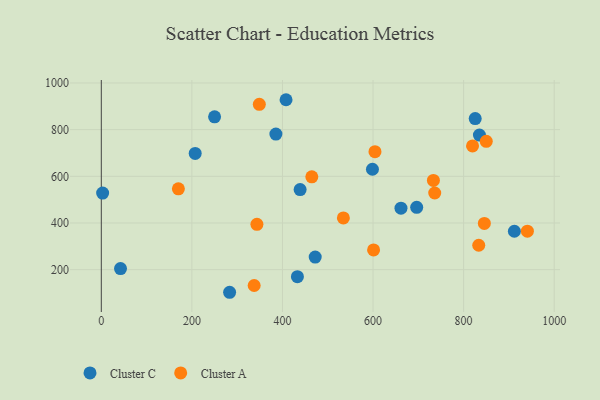
{"axis": {"x": "Speed", "y": "Profit"}, "legend": ["Cluster A", "Cluster C"], "data": [{"x": "385.5", "y": 781.2, "type": "Cluster C"}, {"x": "407.9", "y": 928.2, "type": "Cluster C"}, {"x": "250.1", "y": 855.1, "type": "Cluster C"}, {"x": "207.3", "y": 698.0, "type": "Cluster C"}, {"x": "283.3", "y": 103.1, "type": "Cluster C"}, {"x": "598.7", "y": 630.3, "type": "Cluster C"}, {"x": "834.9", "y": 776.6, "type": "Cluster C"}, {"x": "433.0", "y": 169.9, "type": "Cluster C"}, {"x": "2.9", "y": 528.2, "type": "Cluster C"}, {"x": "472.3", "y": 254.1, "type": "Cluster C"}, {"x": "912.1", "y": 364.7, "type": "Cluster C"}, {"x": "661.7", "y": 463.5, "type": "Cluster C"}, {"x": "439.0", "y": 543.1, "type": "Cluster C"}, {"x": "696.4", "y": 467.1, "type": "Cluster C"}, {"x": "825.6", "y": 847.3, "type": "Cluster C"}, {"x": "42.4", "y": 204.5, "type": "Cluster C"}, {"x": "850.0", "y": 750.1, "type": "Cluster A"}, {"x": "733.3", "y": 582.5, "type": "Cluster A"}, {"x": "348.9", "y": 908.7, "type": "Cluster A"}, {"x": "833.4", "y": 304.7, "type": "Cluster A"}, {"x": "601.2", "y": 284.4, "type": "Cluster A"}, {"x": "604.3", "y": 705.6, "type": "Cluster A"}, {"x": "534.5", "y": 421.6, "type": "Cluster A"}, {"x": "845.8", "y": 398.2, "type": "Cluster A"}, {"x": "736.2", "y": 528.6, "type": "Cluster A"}, {"x": "819.7", "y": 730.1, "type": "Cluster A"}, {"x": "170.2", "y": 546.6, "type": "Cluster A"}, {"x": "464.8", "y": 597.8, "type": "Cluster A"}, {"x": "940.8", "y": 365.1, "type": "Cluster A"}, {"x": "343.6", "y": 394.4, "type": "Cluster A"}, {"x": "337.5", "y": 132.2, "type": "Cluster A"}]}